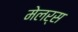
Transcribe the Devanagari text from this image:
मेलर्स